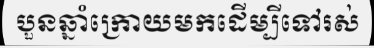
បួនឆ្នាំក្រោយមកដើម្បីទៅរស់